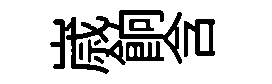
𡻕餉含